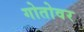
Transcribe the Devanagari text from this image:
गोतोवर